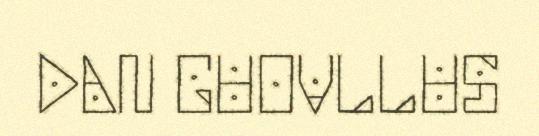
DAN GUOVLLUS